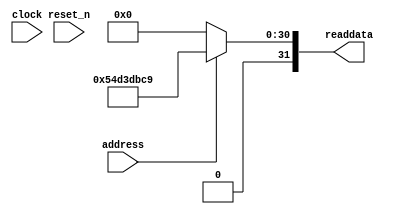
module niosII_system_sysid_qsys_0 (
               // inputs:
                address,
                clock,
                reset_n,

               // outputs:
                readdata
             )
;

  output  [ 31: 0] readdata;
  input            address;
  input            clock;
  input            reset_n;

  wire    [ 31: 0] readdata;
  //control_slave, which is an e_avalon_slave
  assign readdata = address ? 1423170505 : 0;

endmodule